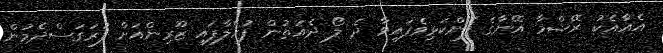
އެއާއެކު ރޭޝްމާ އޭނާގެ ފެންކަޅިވެފައިވާ ދެ ލޯ ދެއަތުން ފުހެލާފައި ޒޫރިންއަށް ފުރަގަސްދެމުން